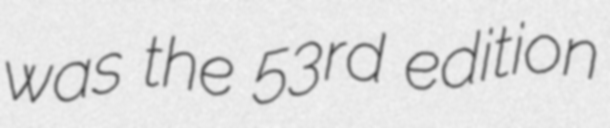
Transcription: was the 53rd edition